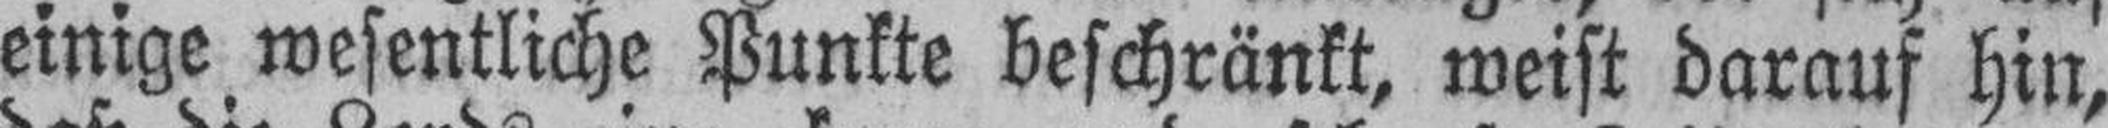
einige wesentliche Punkte beschränkt, weist darauf hin,